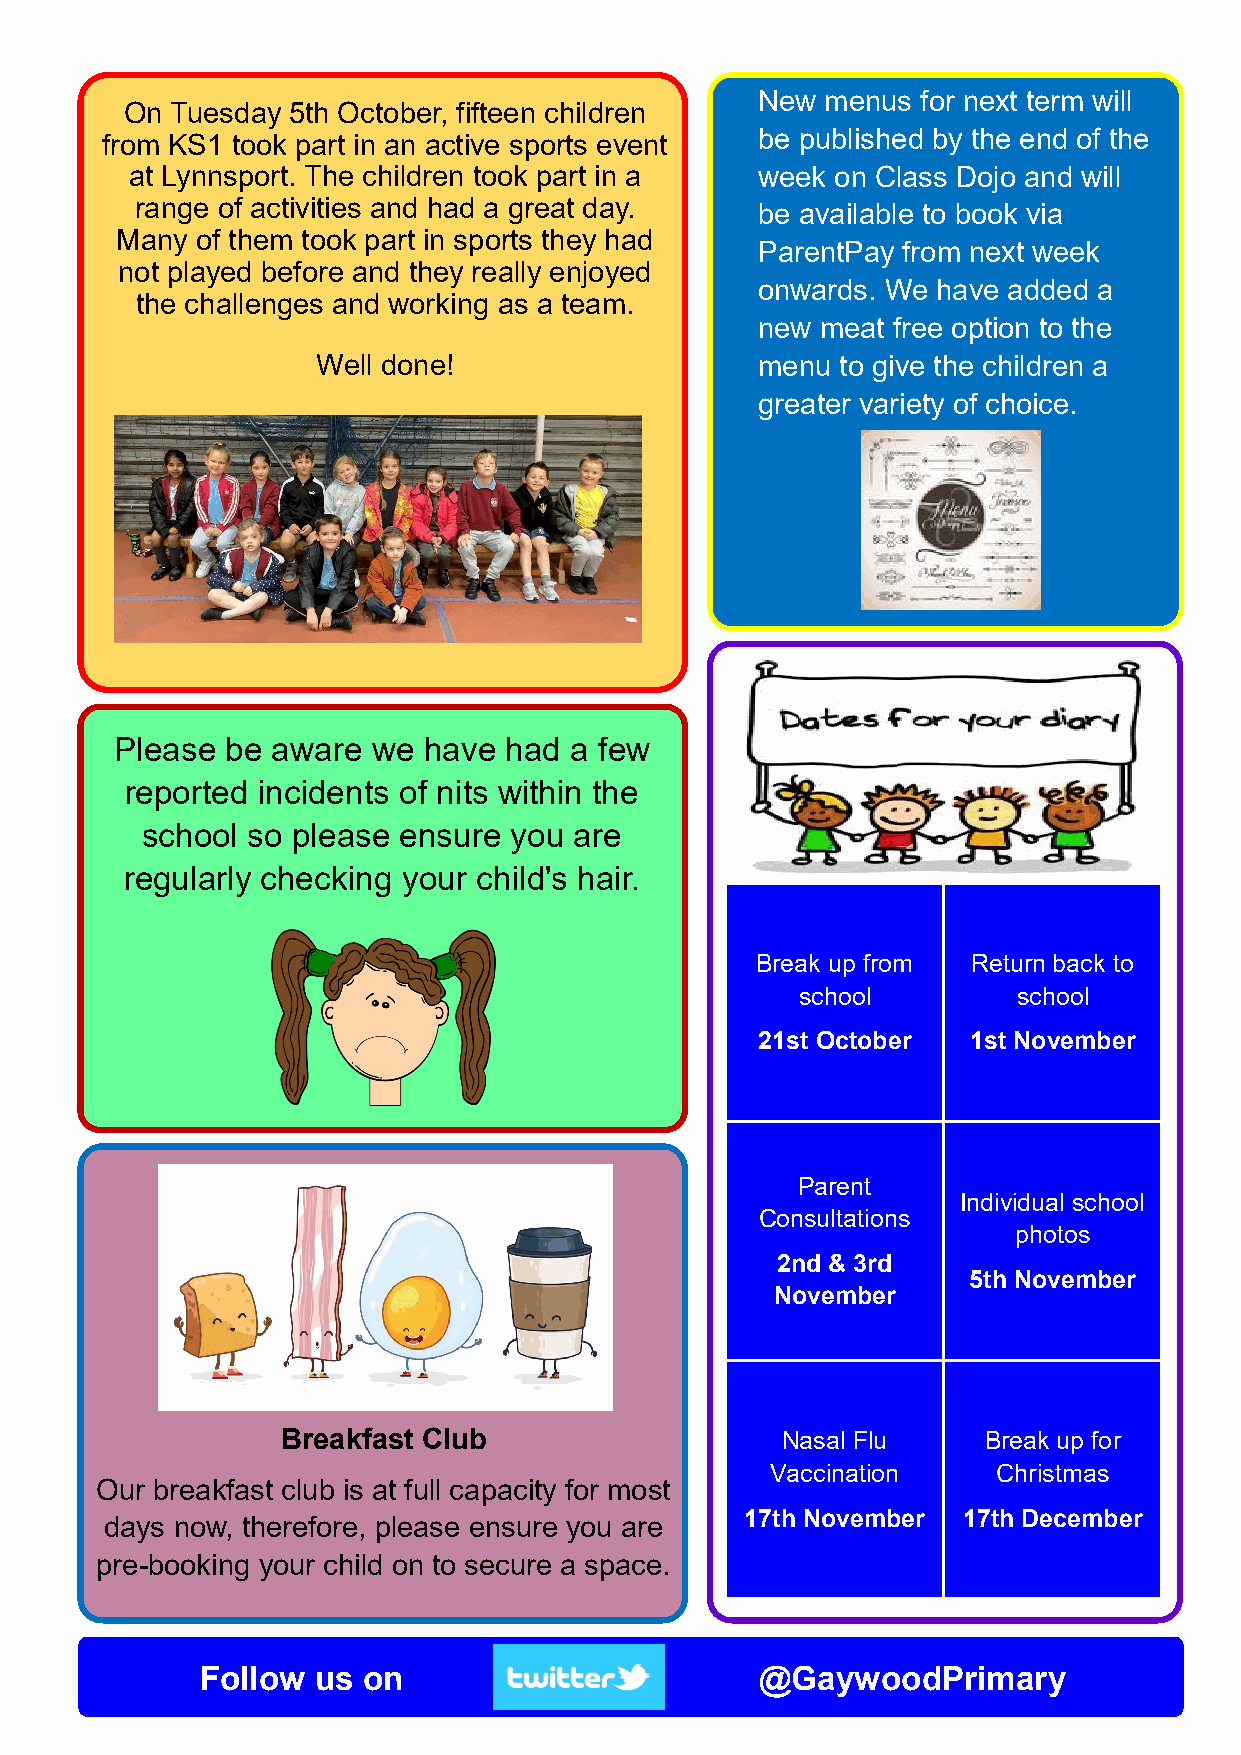
New  menus for next term will
 On Tuesday 5th October, fifteen children
 from KS1 took part in an active sports event be published by the end of the
 at Lynnsport. The children took part in a week on Class Dojo and will
 range of activities and had a great day. be available to book via
 Many of them took part in sports they had
 ParentPay from next week
 not played before and they really enjoyed
 onwards. We have added a
 the challenges and working as a team.
 new meat free option to the
 Well done!                   menu  to give the children a
 greater variety of choice.
 Please be aware  we have had  a few
 reported incidents of nits within the
 school so please ensure  you are
 regularly checking your child's hair.
 Break up from Return back to
 school        school
 21st October  1st November
 Parent
 Individual school
 Consultations
 photos
 2nd & 3rd
 5th November
 November
 Breakfast Club                   Nasal Flu    Break up for
 Vaccination    Christmas
 Our breakfast club is at full capacity for most
 17th November  17th December
 days now, therefore, please ensure you are
 pre-booking your child on to secure a space.
 Follow  us on                        @GaywoodPrimary